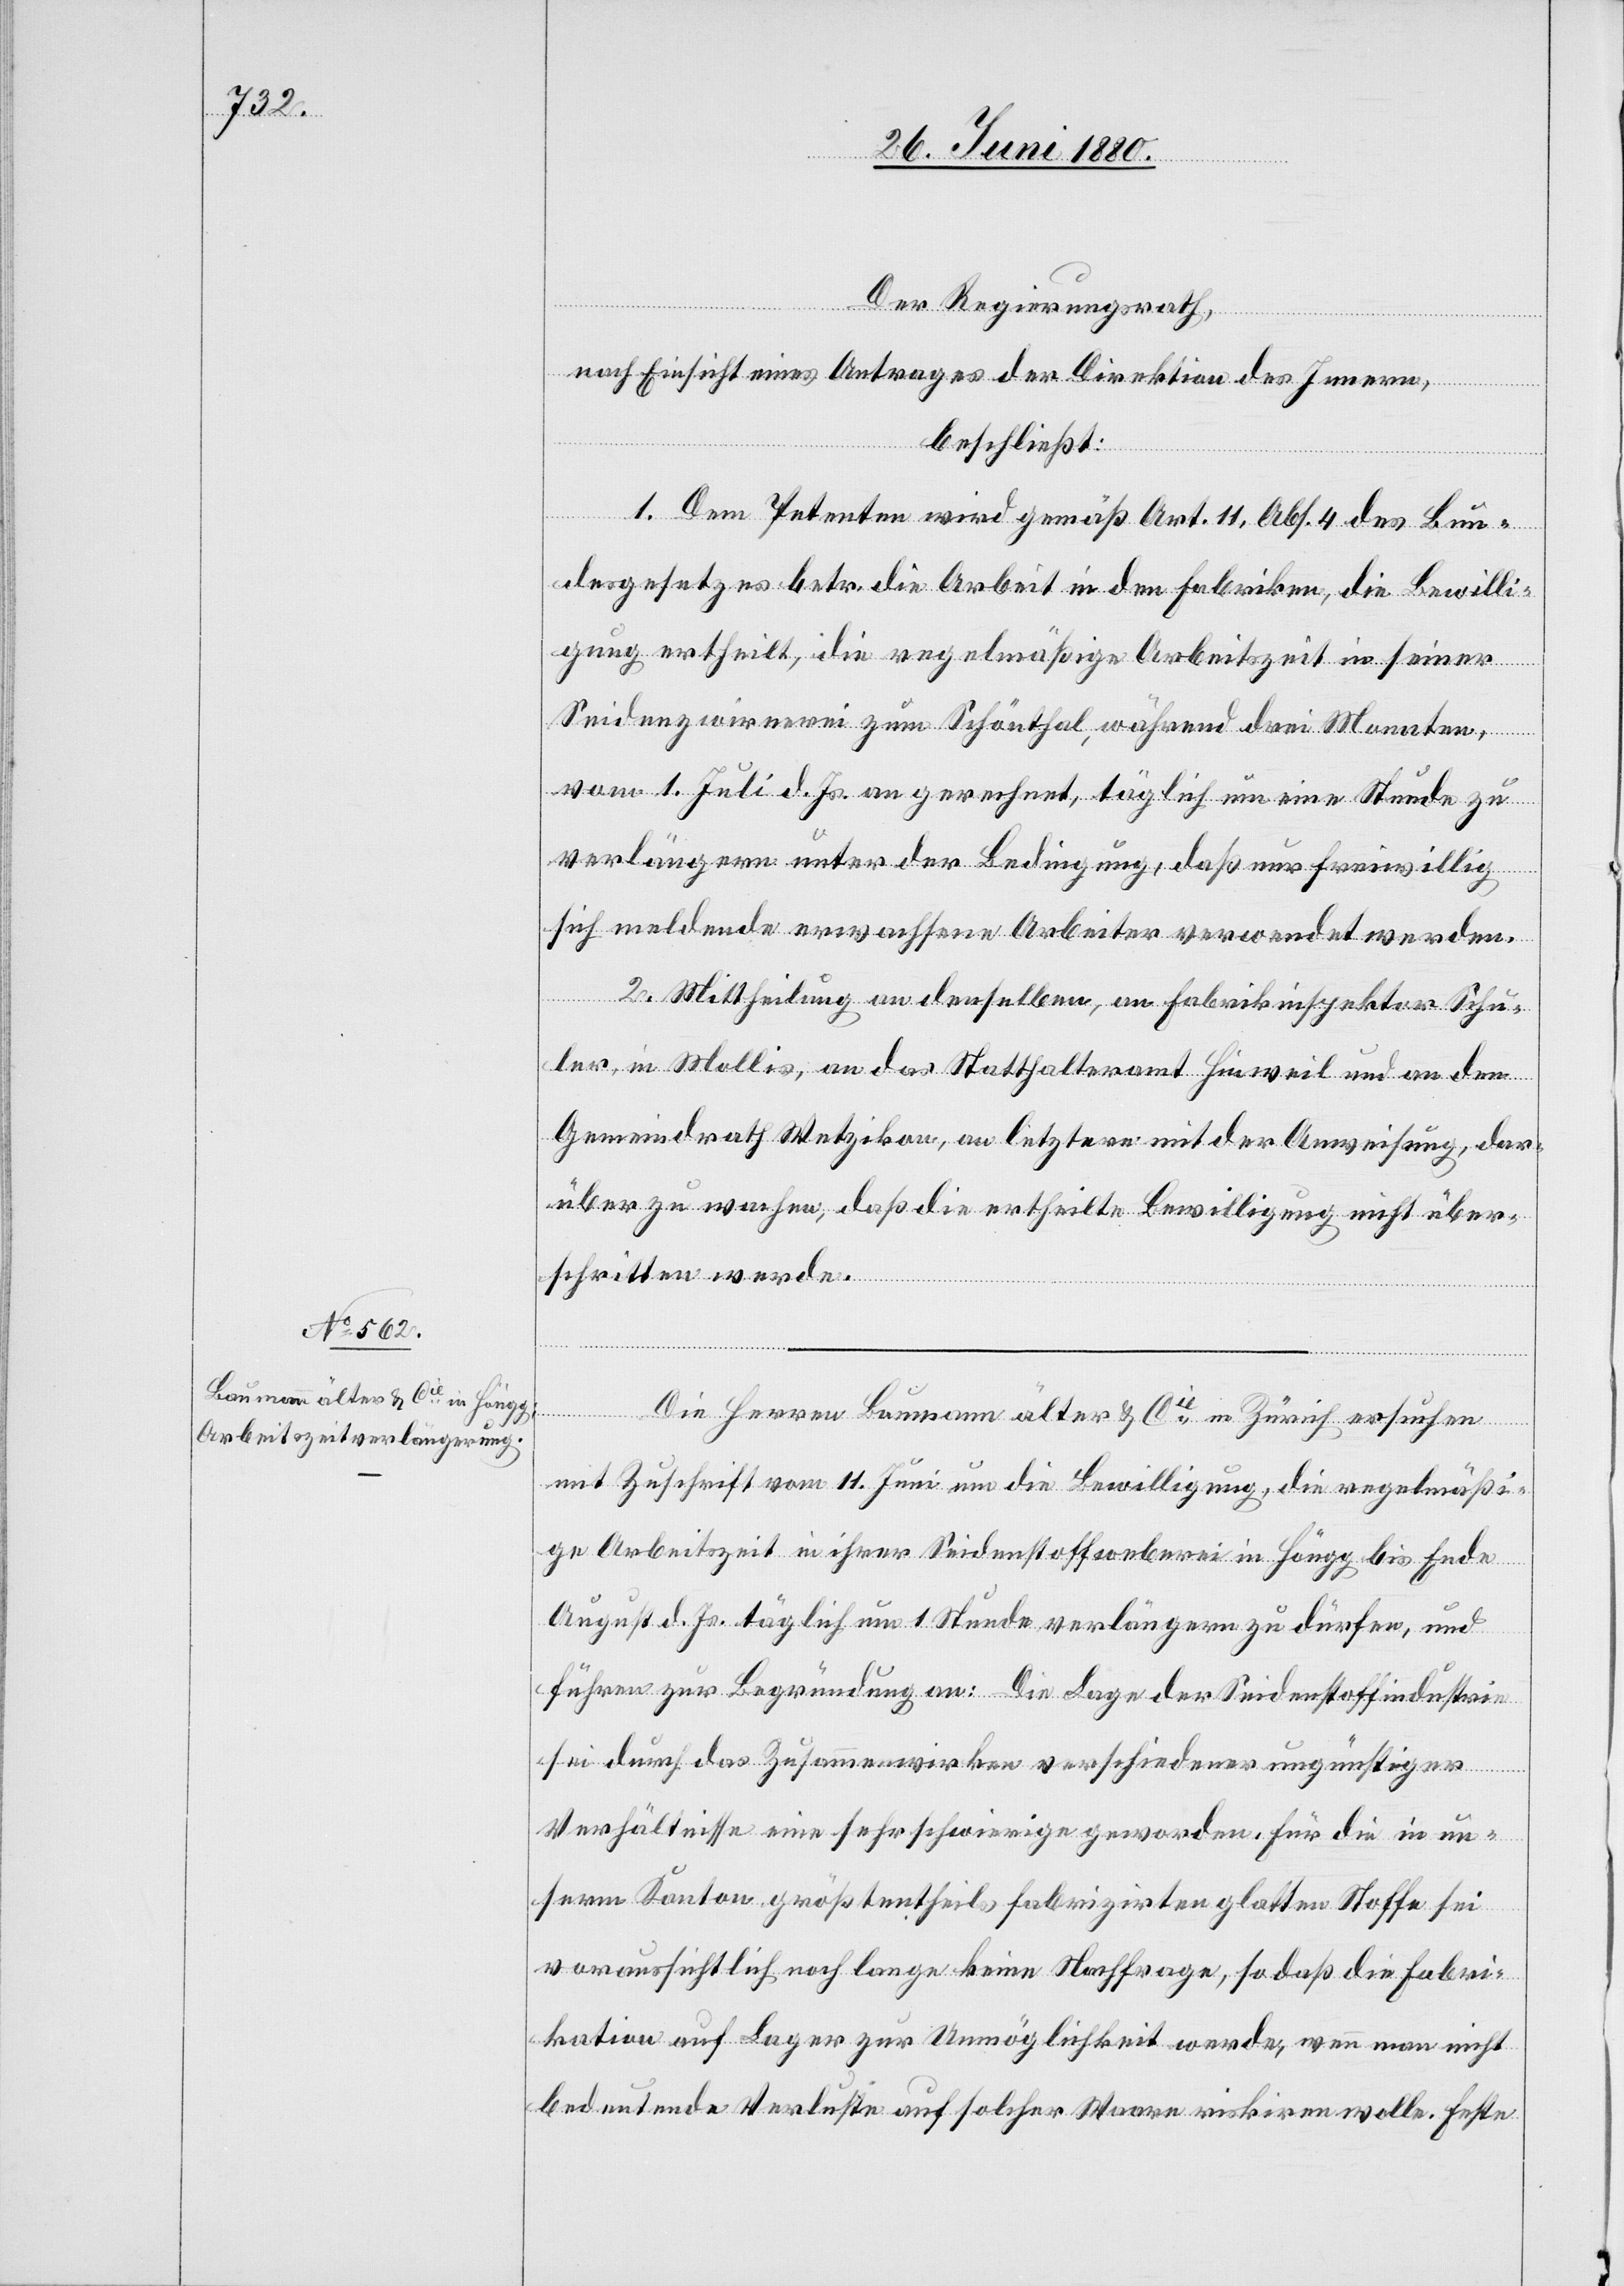
Der Regierungsrath;
nach Einsicht eines Antrages der Direktion des Innern,
beschließt:
1. Dem Petenten wird gemäß Art. 11, Abs. 4 des Bun¬
desgesetzes betr. die Arbeit in den Fabriken, die Bewilli¬
gung ertheilt, die regelmäßige Arbeitszeit in seiner
Seidenzwirrnerei zum Schönthal, während drei Monaten
vom 1. Juli d. Js. an gerechnet, täglich um eine Stunde zu
verlängern unter der Bedingung, daß nur freiwillig
sich meldende erwachsene Arbeiter verwendet werden.
2. Mittheilung an denselben, an Fabrikinspektor Schu¬
ler, in Mollis, an das Statthalteramt Hinweil und an den
Gemeindrath Wetzikon, an letztern mit der Anweisung, dar¬
über zu wachen, daß die ertheilte Bewilligung nicht über¬
schritten werden.
Die Herren Baumann älter & Cie in Zürich ersuchen
mit Zuschrift vom 11. Juni um die Bewilligung, die regelmäßi¬
ge Arbeitszeit in ihrer Seidenstoffweberei in Höngg bis Ende
August d. Js. täglich um 1 Stunde verlängern zu dürfen, und
führen zur Begründung an: Die Lage der Seidenstoffindustrie
sei durch das Zusammenwirken verschiedener ungünstiger
Verhältnisse eine sehr schwierige geworden, für die in un¬
serm Kanton größtentheils fabrizirten Stoffe sei
voraussichtlich noch lange keine Nachfrage, so daß die Fabri¬
kation auf Lager zur Unmöglichkeit werde, wenn man nicht
bedeutende Verluste auf solcher Waare riskiren wolle. Feste